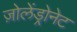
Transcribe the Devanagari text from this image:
ज़ोलेंड्रोनेट